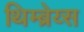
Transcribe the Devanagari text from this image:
थिम्ब्रेय्स